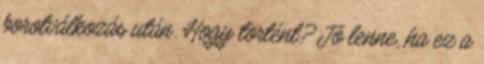
borotválkozás után. Hogy történt? Jó lenne, ha ez a